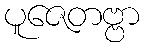
ပူဇေတဗ္ဗာ